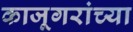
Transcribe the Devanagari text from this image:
काजूगरांच्या